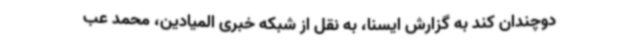
دوچندان کند به گزارش ایسنا، به نقل از شبکه خبری المیادین، محمد عب